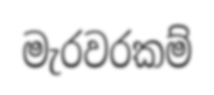
මැරවරකම්